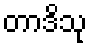
တာဒိသု